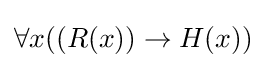
\forall x((R(x))\to H(x))